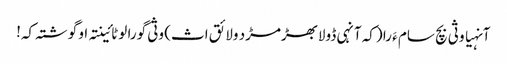
آنہیا وثی بچ سام ءَ را (کہ آنہی ڈولابھڑمڑد ولائق اث) وثی گورا لوٹائینتہ او گوشتہ کہ!